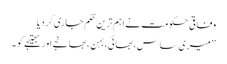
وفاقی حکومت نے اہم ترین حُکم جاری کر دیا
’’ میری ساس، بھائی،بہن ،بھانجے اور بھتیجے کو ۔